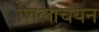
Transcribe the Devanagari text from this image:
शिलाचयन